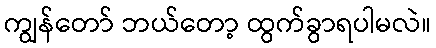
ကျွန်တော် ဘယ်တော့ ထွက်ခွာရပါမလဲ။